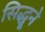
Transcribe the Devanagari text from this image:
सिद्धूने